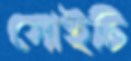
সোইচি